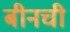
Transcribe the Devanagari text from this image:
बीनची